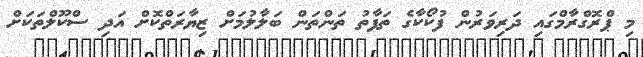
މި ޕްރޮގްރާމްގައި ދަރިވަރުން ފުކޯކާގެ ތަފާތު ތަންތަން ބަލާލުމަށް ޒިޔާރަތްކޮށް އަދި ސްކޫލްތަކަށް